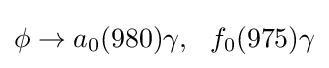
\phi \to a_{0}(980)\gamma ,~~f_{0}(975)\gamma